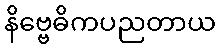
နိဗ္ဗေဓိကပညတာယ